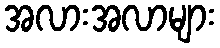
အလားအလာများ